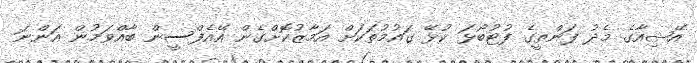
އޭޝިއާގެ މެދު ފަންތީގެ ފުޓުބޯޅަ ކުޅޭ ގައުމުތަކަށް އަމާޒުކޮށްގެން އޭއެފްސީން ބާއްވަމުން އަންނަ